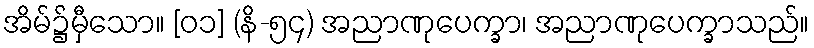
အိမ်၌မှီသော။ [၀၁] (နိ-၅၄) အညာဏုပေက္ခာ၊ အညာဏုပေက္ခာသည်။